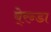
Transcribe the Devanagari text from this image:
बे्रन्डा